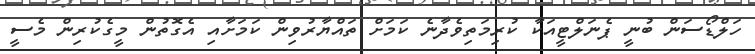
ހަލްޑޯސަން ބުނީ ޕެނަލްޓީއަކާ ކުރިމަތިވެދާނެ ކަމަށް ތައްޔާރުވިން ކަމަށާއި އެގޮތުން މީގެކުރިން މެސީ